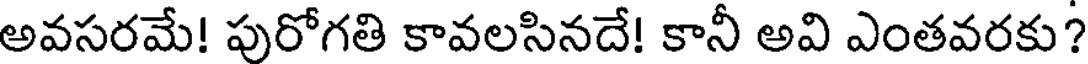
అవసరమే! పురోగతి కావలసినదే! కానీ అవి ఎంతవరకు?